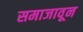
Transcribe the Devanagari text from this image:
समाजावून